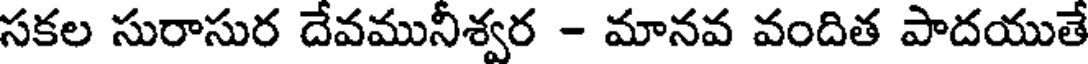
సకల సురాసుర దేవమునీశ్వర - మానవ వందిత పాదయుతే